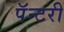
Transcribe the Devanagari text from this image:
पॅन्टरी